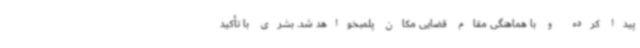
پیدا کرده و با هماهنگی مقام قضایی مکان پلمبخواهد شد. بشری با تأکید